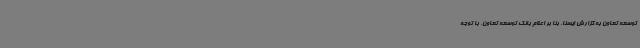
توسعه تعاون به گزارش ایسنا، بنا بر اعلام بانک توسعه تعاون، با توجه